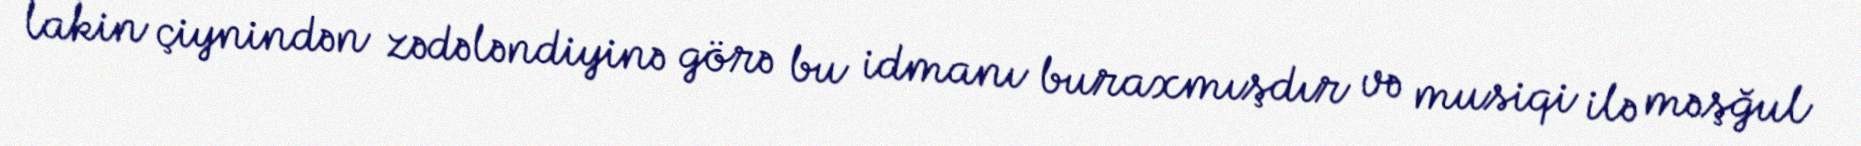
lakin çiynindən zədələndiyinə görə bu idmanı buraxmışdır və musiqi ilə məşğul